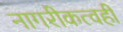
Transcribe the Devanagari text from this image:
नागरीकत्वही